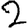
Digit: 2